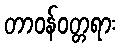
တာဝန်ဝတ္တရား